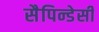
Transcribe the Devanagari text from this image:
सैपिन्डेसी